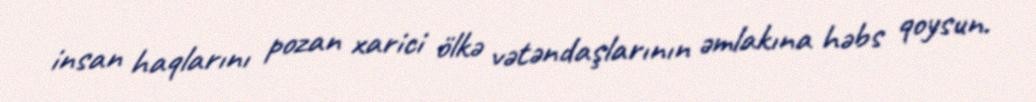
insan haqlarını pozan xarici ölkə vətəndaşlarının əmlakına həbs qoysun.